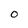
Character: O